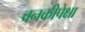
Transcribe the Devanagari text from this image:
वनकीपेक्षा